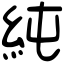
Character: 純